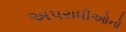
અપરાધીઓનો